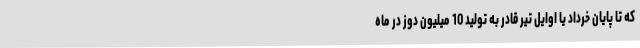
که تا پایان خرداد یا اوایل تیر قادر به تولید 10 میلیون دوز در ماه